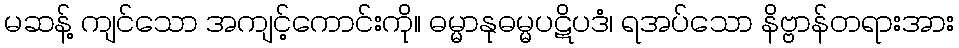
မဆန့် ကျင်သော အကျင့်ကောင်းကို။ ဓမ္မာနုဓမ္မပဋိပဒံ၊ ရအပ်သော နိဗ္ဗာန်တရားအား